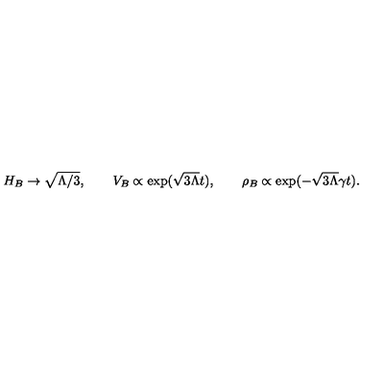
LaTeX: H _ { B } \to \sqrt { \Lambda / 3 } , \qquad V _ { B } \propto \exp ( \sqrt { 3 \Lambda } t ) , \qquad \rho _ { B } \propto \exp ( - \sqrt { 3 \Lambda } \gamma t ) .